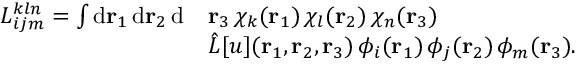
\begin{array} { r l } { { L } _ { i j m } ^ { k l n } = \int \mathrm { d } { \mathbf { r } _ { 1 } } \, \mathrm { d } { \mathbf { r } _ { 2 } } \, \mathrm { d } } & { { \mathbf { r } _ { 3 } } \, \chi _ { k } ( { \mathbf { r } _ { 1 } } ) \, \chi _ { l } ( { \mathbf { r } _ { 2 } } ) \, \chi _ { n } ( { \mathbf { r } _ { 3 } } ) \, } \\ & { \hat { L } [ u ] ( { \mathbf { r } _ { 1 } } , { \mathbf { r } _ { 2 } } , { \mathbf { r } _ { 3 } } ) \, \phi _ { i } ( { \mathbf { r } _ { 1 } } ) \, \phi _ { j } ( { \mathbf { r } _ { 2 } } ) \, \phi _ { m } ( { \mathbf { r } _ { 3 } } ) . } \end{array}